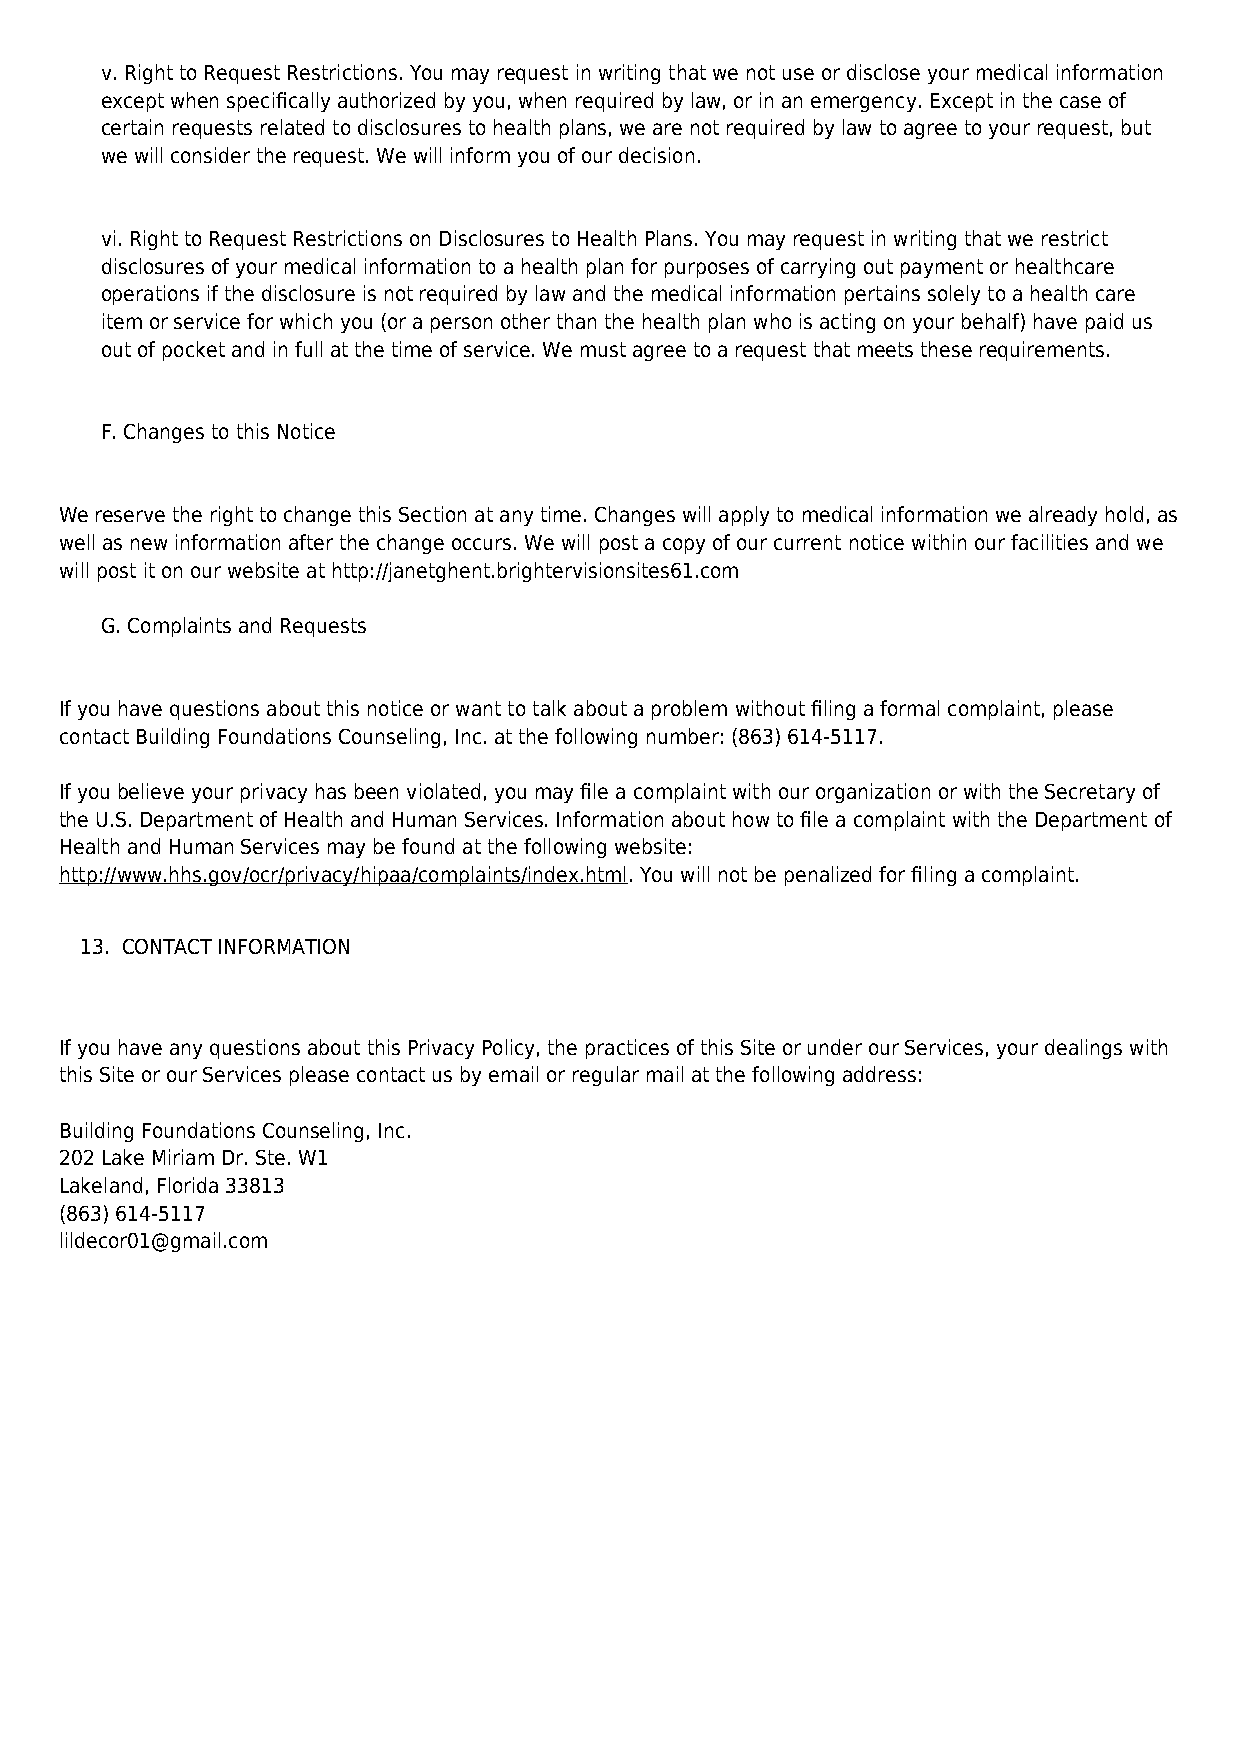
v. Right to Request Restrictions. You may request in writing that we not use or disclose your medical information
 except when specifically authorized by you, when required by law, or in an emergency. Except in the case of
 certain requests related to disclosures to health plans, we are not required by law to agree to your request, but
 we will consider the request. We will inform you of our decision.
 vi. Right to Request Restrictions on Disclosures to Health Plans. You may request in writing that we restrict
 disclosures of your medical information to a health plan for purposes of carrying out payment or healthcare
 operations if the disclosure is not required by law and the medical information pertains solely to a health care
 item or service for which you (or a person other than the health plan who is acting on your behalf) have paid us
 out of pocket and in full at the time of service. We must agree to a request that meets these requirements.
 F. Changes to this Notice
 We reserve the right to change this Section at any time. Changes will apply to medical information we already hold, as
 well as new information after the change occurs. We will post a copy of our current notice within our facilities and we
 will post it on our website at http://janetghent.brightervisionsites61.com
 G. Complaints and Requests
 If you have questions about this notice or want to talk about a problem without filing a formal complaint, please
 contact Building Foundations Counseling, Inc. at the following number: (863) 614-5117.
 If you believe your privacy has been violated, you may file a complaint with our organization or with the Secretary of
 the U.S. Department of Health and Human Services. Information about how to file a complaint with the Department of
 Health and Human Services may be found at the following website:
 http://www.hhs.gov/ocr/privacy/hipaa/complaints/index.html. You will not be penalized for filing a complaint.
 13. CONTACT INFORMATION
 If you have any questions about this Privacy Policy, the practices of this Site or under our Services, your dealings with
 this Site or our Services please contact us by email or regular mail at the following address:
 Building Foundations Counseling, Inc.
 202 Lake Miriam Dr. Ste. W1
 Lakeland, Florida 33813
 (863) 614-5117
 lildecor01@gmail.com